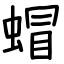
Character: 蝐